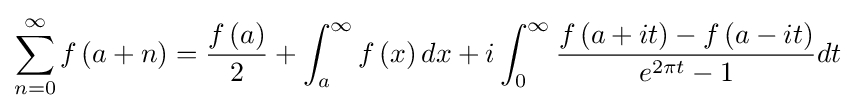
\sum _{n=0}^{\infty }f\left(a+n\right)={\frac {f\left(a\right)}{2}}+\int _{a}^{\infty }f\left(x\right)dx+i\int _{0}^{\infty }{\frac {f\left(a+it\right)-f\left(a-it\right)}{e^{2\pi t}-1}}dt